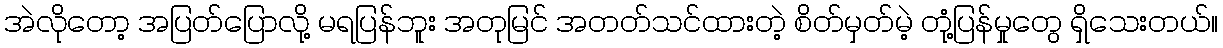
အဲလိုတော့ အပြတ်ပြောလို့ မရပြန်ဘူး အတုမြင် အတတ်သင်ထားတဲ့ စိတ်မှတ်မဲ့ တုံ့ပြန်မှုတွေ ရှိသေးတယ်။